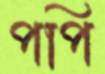
পপি